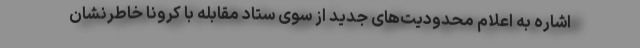
اشاره به اعلام محدودیت‌های جدید از سوی ستاد مقابله با کرونا خاطرنشان